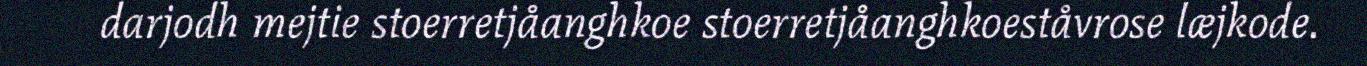
darjodh mejtie stoerretjåanghkoe stoerretjåanghkoeståvrose læjkode.